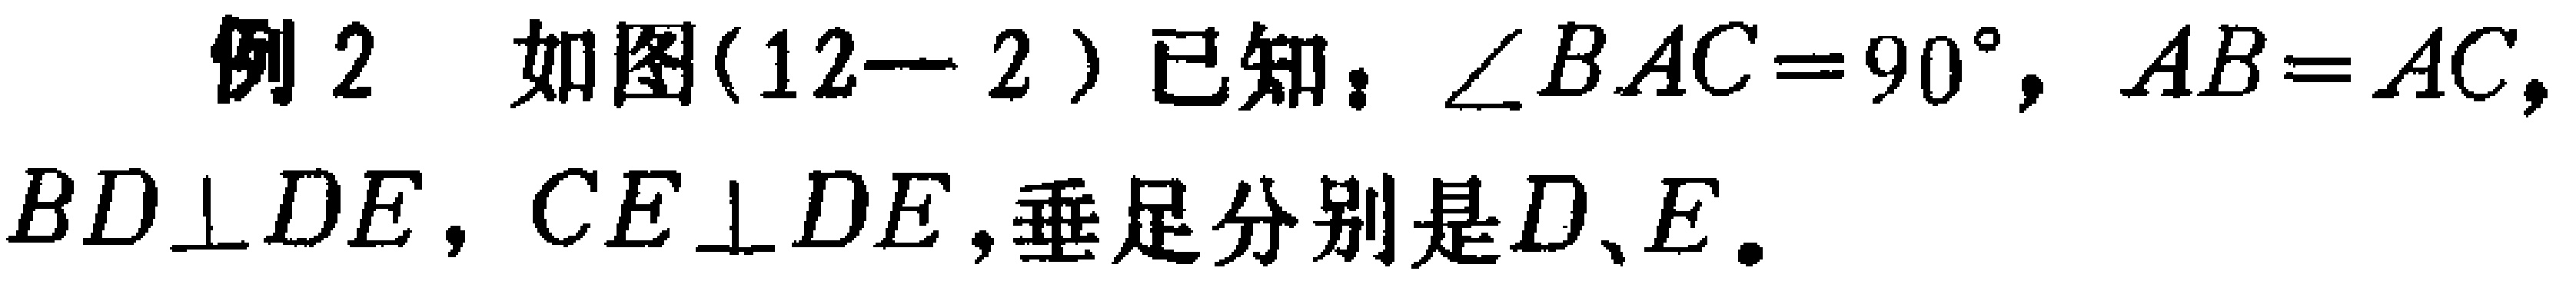
例2 如图(12-2)已知：\(\angle BAC = 90^{\circ}\)，\(AB = AC\)，\(BD\perp DE\)，\(CE\perp DE\)，垂足分别是\(D、E\)。